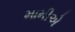
મામીએ